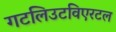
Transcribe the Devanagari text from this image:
गटलिउटविएरटल